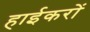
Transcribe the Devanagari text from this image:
हाईकरों